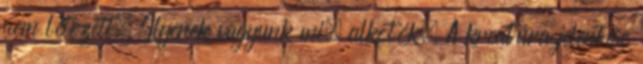
nem létezett. Ilyenek vagyunk mi, alkotók. A kreatúra jelentése